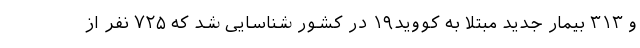
و ۳۱۳ بیمار جدید مبتلا به کووید۱۹ در کشور شناسایی شد که ۷۲۵ نفر از